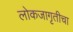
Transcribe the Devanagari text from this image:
लोकजागृतीचा